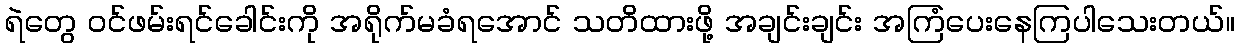
ရဲတွေ ဝင်ဖမ်းရင်ခေါင်းကို အရိုက်မခံရအောင် သတိထားဖို့ အချင်းချင်း အကြံပေးနေကြပါသေးတယ်။